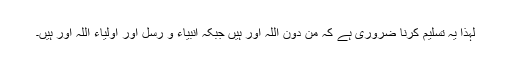
لہٰذا یہ تسلیم کرنا ضُروری ہے کہ من دون اللہ اور ہیں جبکہ انبیاء و رسل اور اولیاء اللہ اور ہیں۔